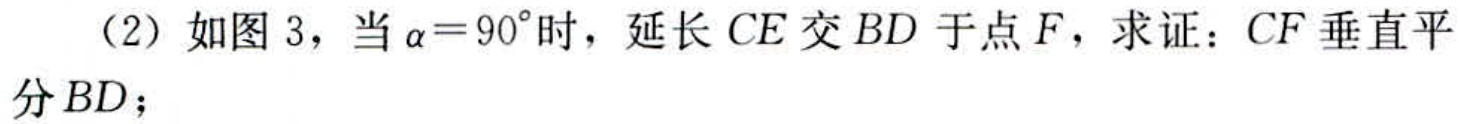
（2）如图 3，当\(\alpha = 90^{\circ}\)时，延长\(CE\)交\(BD\)于点\(F\)，求证：\(CF\)垂直平分\(BD\)；